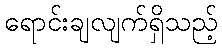
ရောင်းချလျက်ရှိသည့်